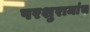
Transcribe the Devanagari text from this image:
परशुरामांच